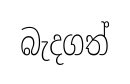
බැදගත්